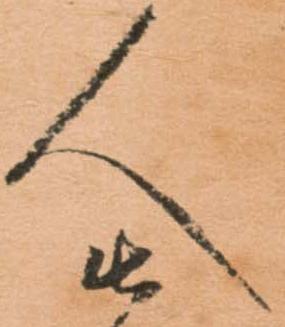
人